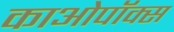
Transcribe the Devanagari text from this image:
काओपॉक्स